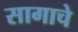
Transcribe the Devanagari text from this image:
सागाचे